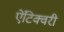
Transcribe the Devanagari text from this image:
ऐंटिक्वरी